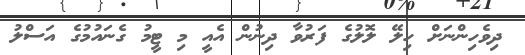
ދިވެހިންނަށް ހިލޭ ލޮލުގެ ފަރުވާ ދިނުން އެއީ މި ޓީމު ގެނައުމުގެ އަސްލު